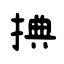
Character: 捵